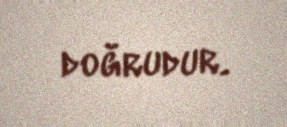
doğrudur.